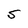
Character: S